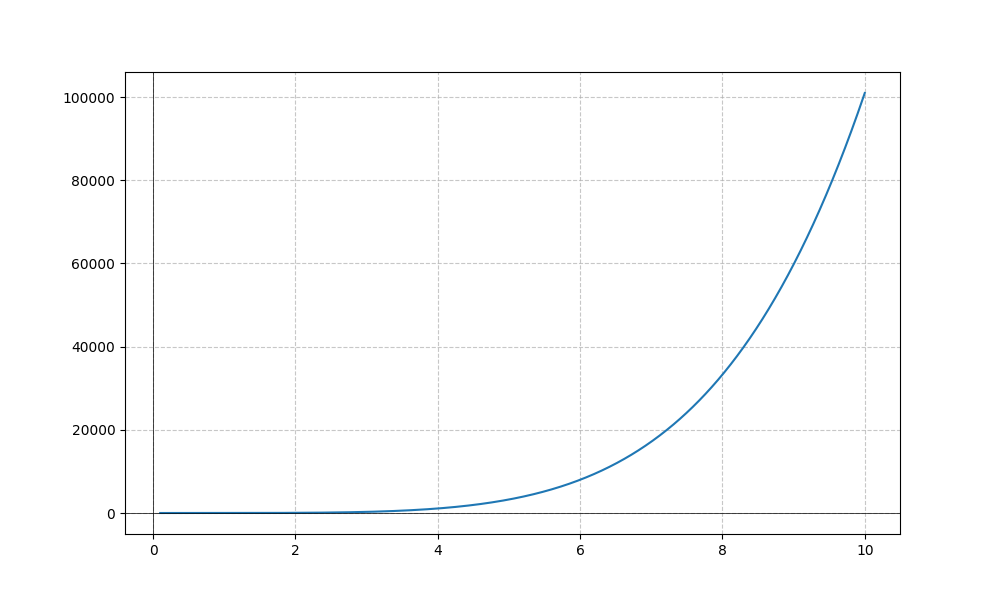
LaTeX formula: x^{5} + x^{3}